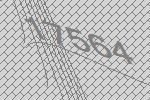
17564